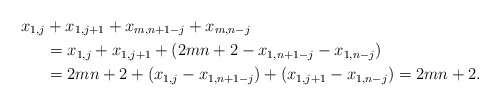
\begin{align*}x_{1,j} &+x_{1,j+1}+x_{m,n+1-j}+x_{m,n-j} \\ &=x_{1,j}+x_{1,j+1}+ ( 2mn+2 - x_{1,n+1-j}-x_{1,n-j} ) \\ &=2mn+2+ ( x_{1,j} -x_{1,n+1-j} ) + (x_{1,j+1} -x_{1,n-j} ) =2mn+2.\end{align*}